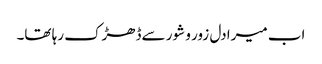
اب میرا دل زور و شور سےڈھڑک رہا تھا۔